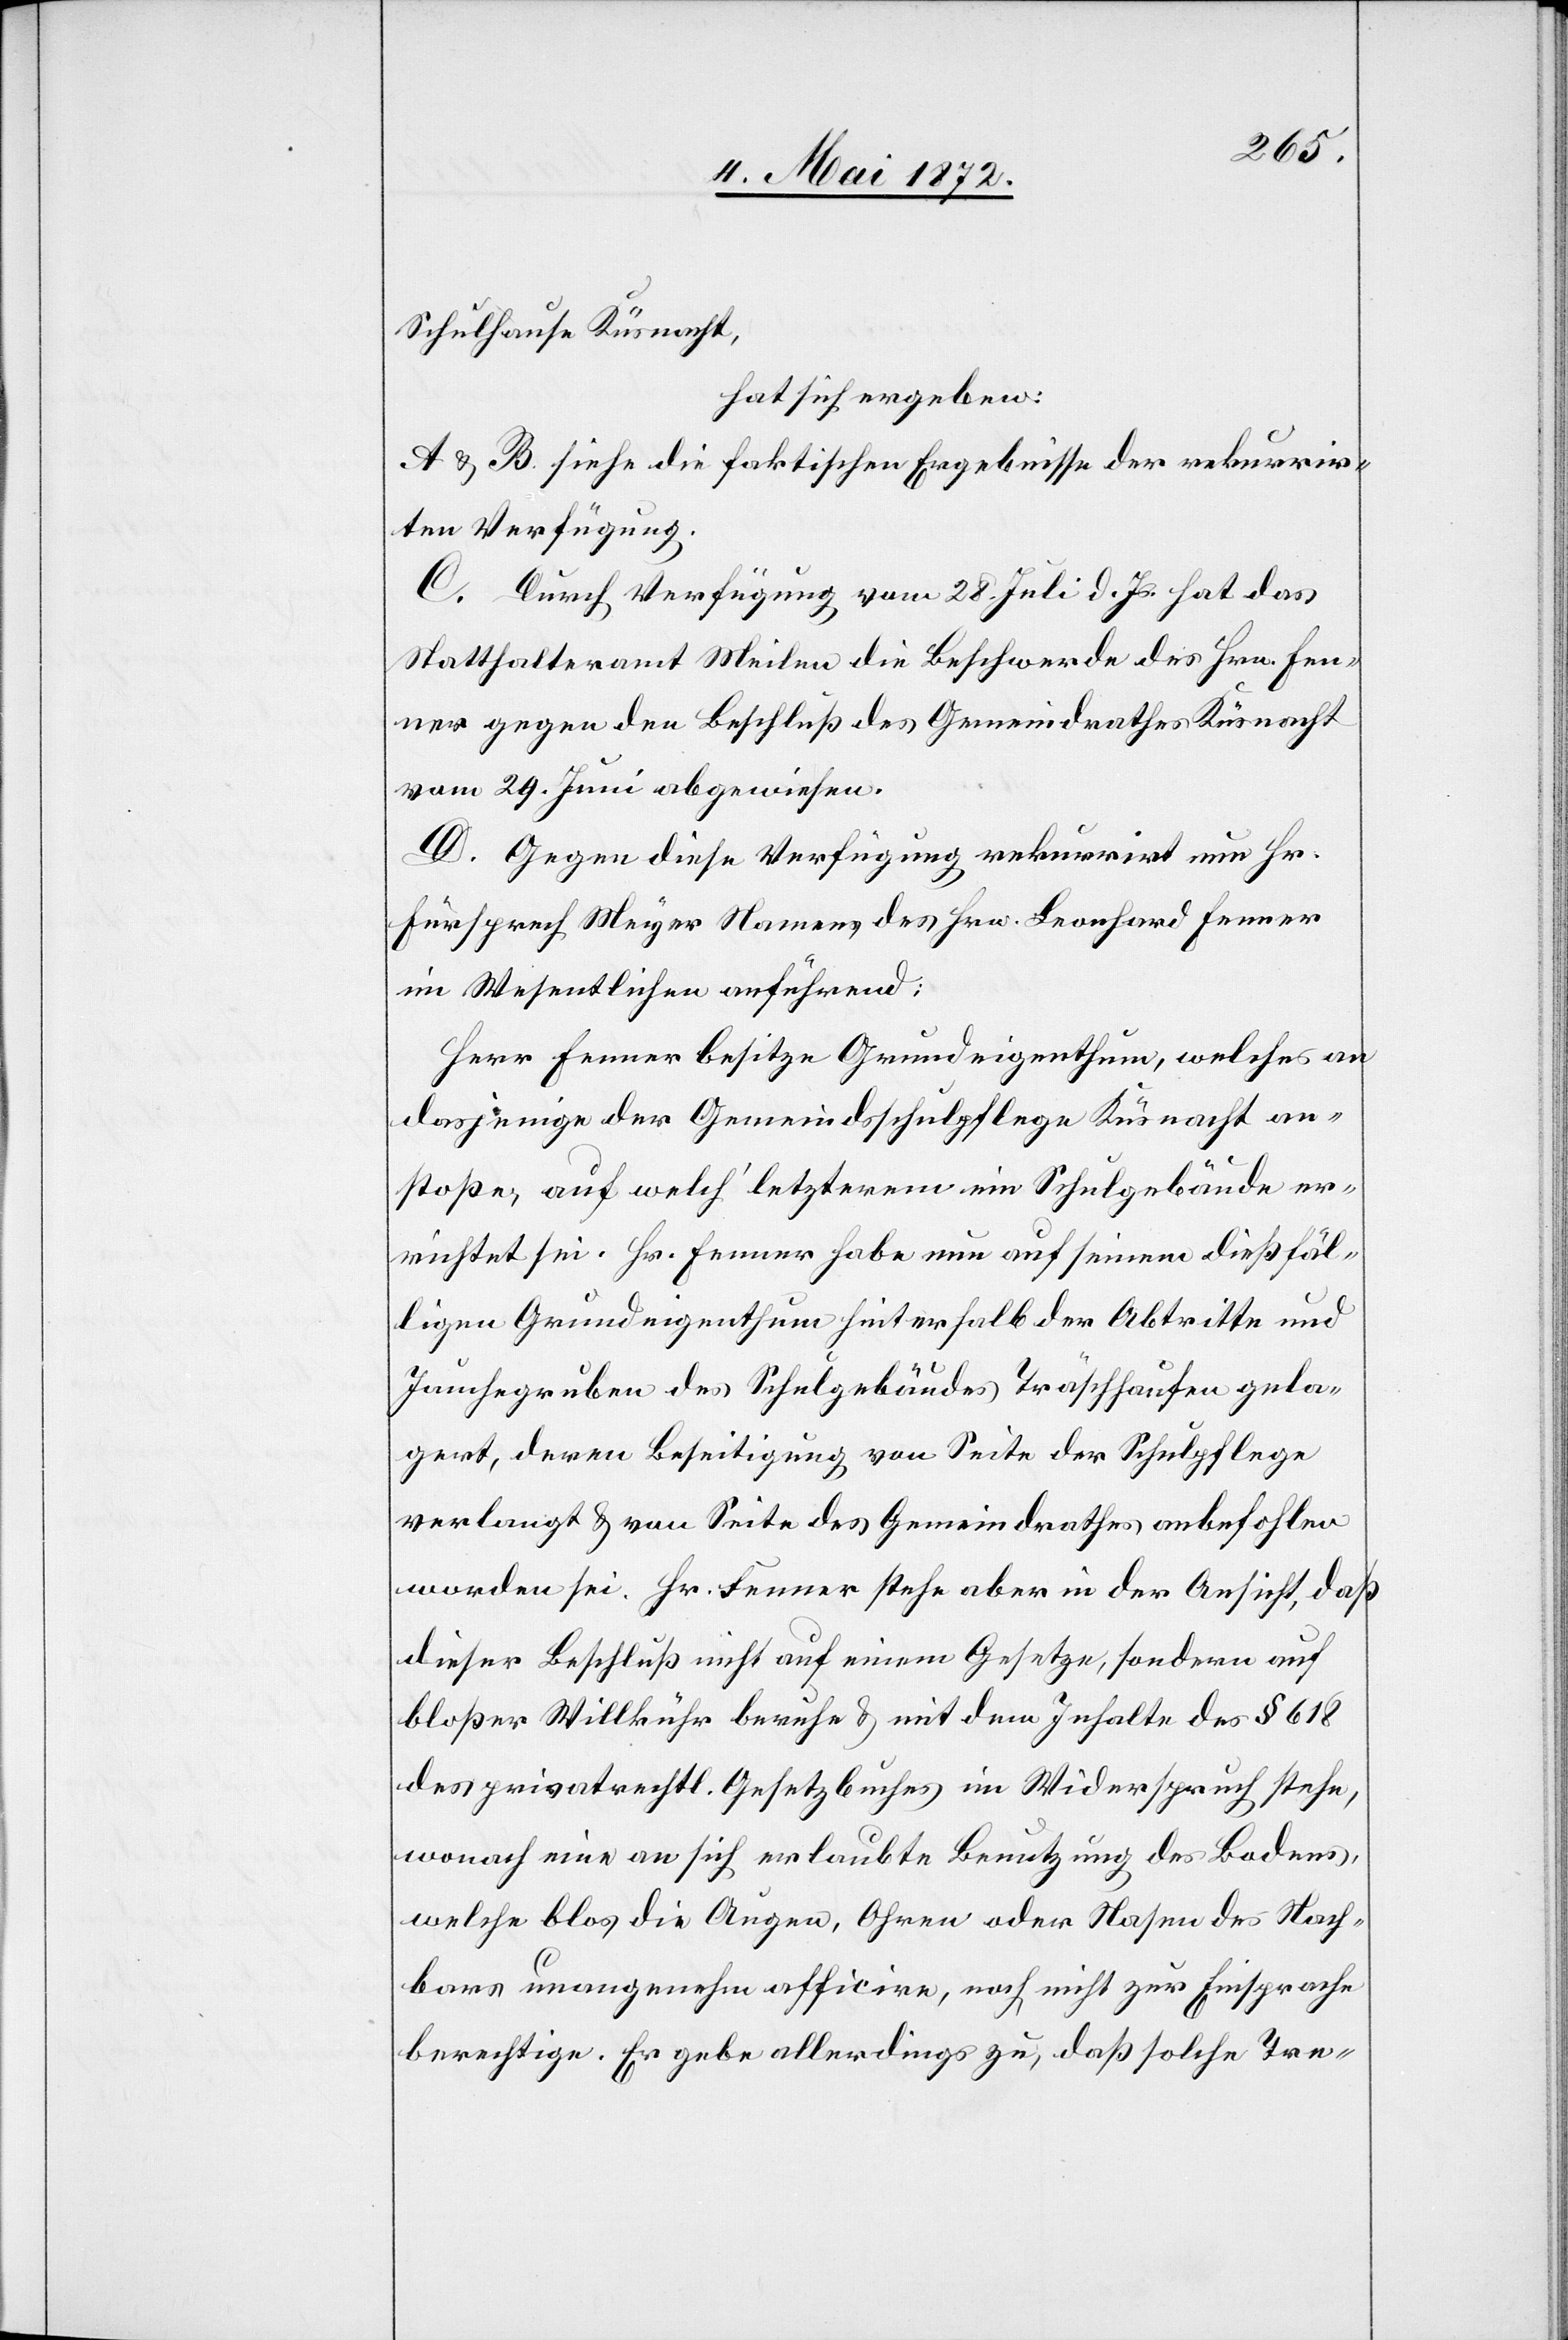
Schulhause Küsnacht,
hat sich ergeben:
A. u. B. siehe die faktischen Ergebnisse der rekurrir¬
ten Verfügung.
C. Durch Verfügung vom 28. Juli d. Js. hat das
Statthalteramt Meilen die Beschwerde des Hrn. Fen¬
ner gegen den Beschluß des Gemeindrathes Küsnacht
vom 29. Juni abgewiesen.
D. Gegen diese Verfügung rekurrirt nun Hr.
Fürsprech Meyer Namens des Hrn. Leonhard Fenner
im Wesentlichen anführend:
Herr Fenner besitze Grundeigenthum, welches an
dasjenige der Gemeindsschulpflege Küsnacht an¬
stoße, auf welch’ letzterem ein Schulgebäude er¬
richtet sei. Hr. Fenner habe nun auf seinem dießfäl¬
ligen Grundeigenthum hinterhalb der Abtritte und
Jauchegruben des Schulgebäudes Träschhaufen gela¬
gert, deren Beseitigung von Seite der Schulpflege
verlangt u. von Seite des Gemeindrathes anbefohlen
worden sei. Hr. Fenner stehe aber in der Ansicht, daß
dieser Beschluß nicht auf einem Gesetze, sondern auf
bloßer Willkür beruhe u. mit den Inhalte des § 618
des privarechtl. Gesetzbuches in Widerspruch stehe,
wonach eine an sich erlaubte Benutzung des Bodens,
welche blos die Augen, Ohren oder Nasen des Nach¬
bars unangenehm afficire, noch nicht zur Einsprache
berechtige. Er gebe allerdings zu, daß solche Tre-